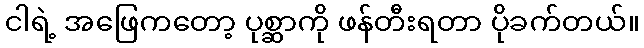
ငါရဲ့ အဖြေကတော့ ပုစ္ဆာကို ဖန်တီးရတာ ပိုခက်တယ်။